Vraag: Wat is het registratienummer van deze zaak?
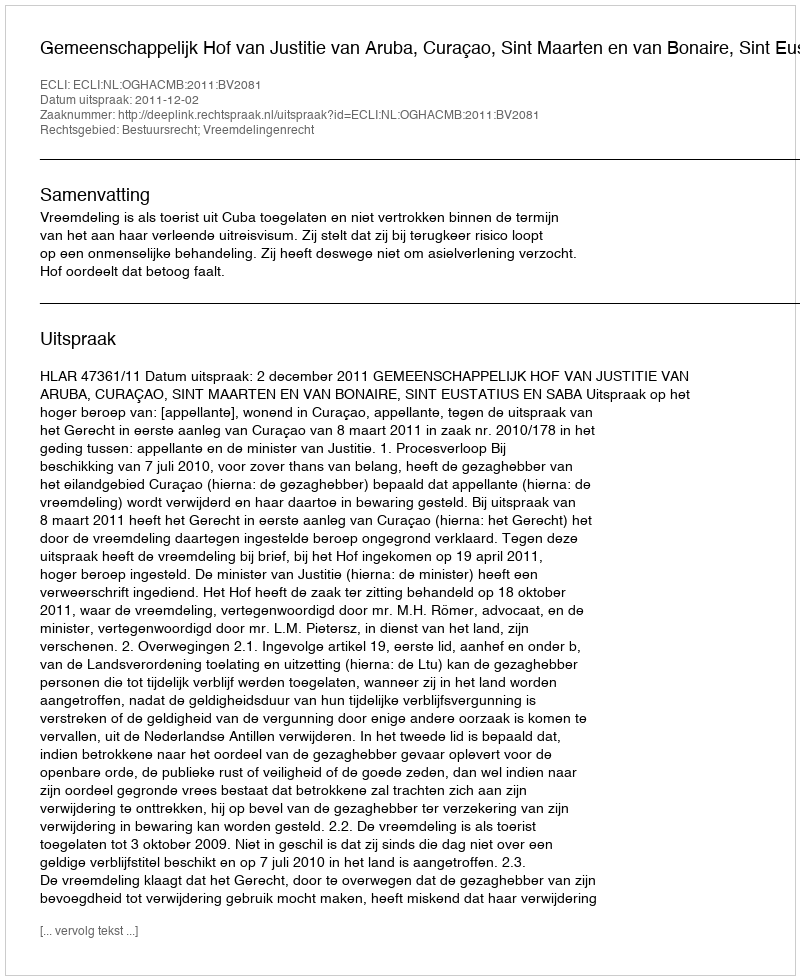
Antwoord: http://deeplink.rechtspraak.nl/uitspraak?id=ECLI:NL:OGHACMB:2011:BV2081